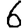
Digit: 6